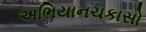
અભિયાનચકાસો